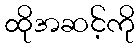
ထိုအဆင့်ကို